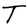
Character: T